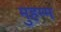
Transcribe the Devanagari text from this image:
मुहम्म